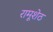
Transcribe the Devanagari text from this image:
रामूशेठ